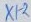
Text: X1-2